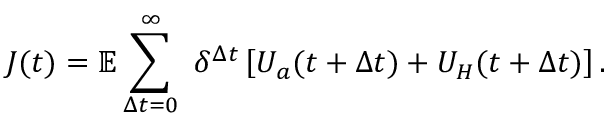
J ( t ) = \mathbb { E } \sum _ { \Delta t = 0 } ^ { \infty } \ \delta ^ { \Delta t } \left[ U _ { a } ( t + \Delta t ) + U _ { H } ( t + \Delta t ) \right] .